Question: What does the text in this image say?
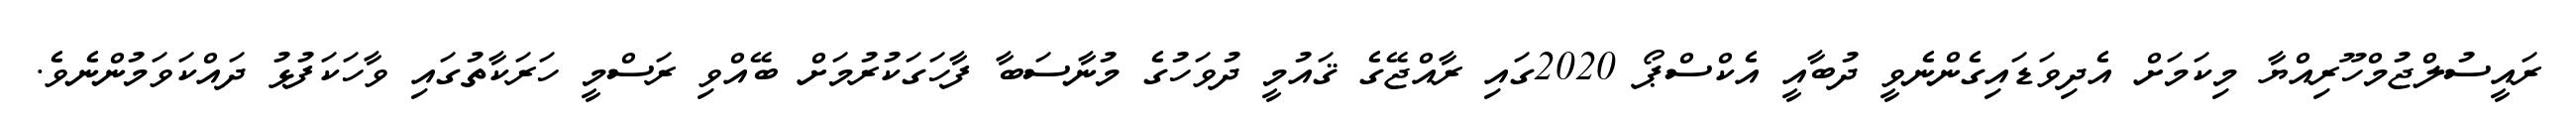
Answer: ރައީސުލްޖުމްހޫރިއްޔާ މިކަމަށް އެދިވަޑައިގެންނެވީ ދުބާއީ އެކްސްޕޯ 2020ގައި ރާއްޖޭގެ ޤައުމީ ދުވަހުގެ މުނާސަބާ ފާހަގަކުރުމަށް ބޭއްވި ރަސްމީ ހަރަކާތުގައި ވާހަކަފުޅު ދައްކަވަމުންނެވެ.